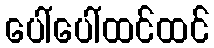
ပေါ်ပေါ်ထင်ထင်